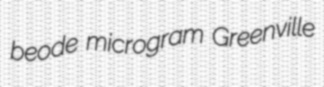
beode microgram Greenville